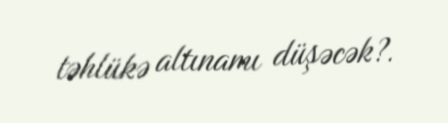
təhlükə altınamı düşəcək?.